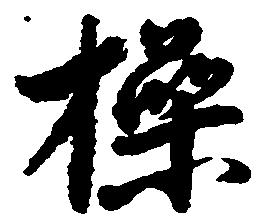
操